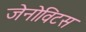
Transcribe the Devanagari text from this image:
जेनोविटस